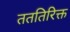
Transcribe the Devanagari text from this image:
तततिरिक्त